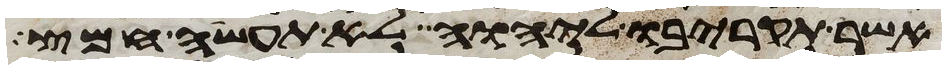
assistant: אשר תקריבו ליהוה לא תעשה חמץ